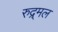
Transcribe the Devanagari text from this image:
रुद्र्मल